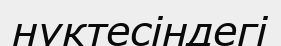
нүктесіндегі